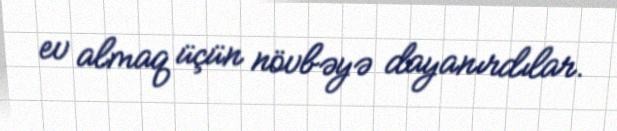
ev almaq üçün növbəyə dayanırdılar.